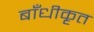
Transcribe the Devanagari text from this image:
बाँधीकृत